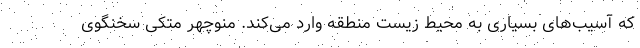
که آسیب‌های بسیاری به محیط زیست منطقه وارد می‌کند. منوچهر متکی سخنگوی